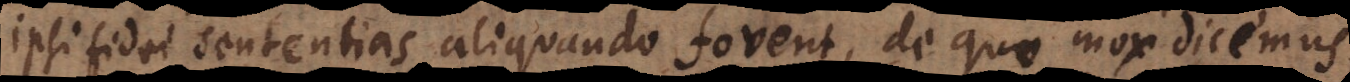
ipsi fidei sententias aliquando fovent, de quo mox dicemus,